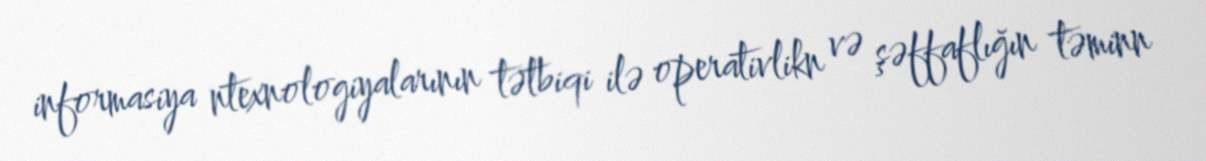
informasiya ntexnologiyalarının tətbiqi ilə operativlikn və şəffaflığın təminn